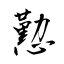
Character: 懃